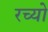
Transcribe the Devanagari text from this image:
रच्यो